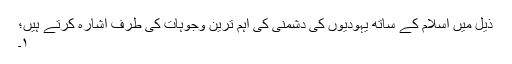
ذیل میں اسلام کے ساتھ یہودیوں کی دشمنی کی اہم ترین وجوہات کی طرف اشارہ کرتے ہیں؛
۱۔